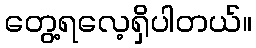
တွေ့ရလေ့ရှိပါတယ်။